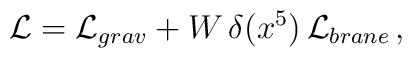
\mathcal{L}=\mathcal{L}_{grav}+W\,\delta(x^5)\,\mathcal{L}_{brane}\, ,